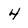
Character: 4